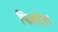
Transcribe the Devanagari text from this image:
फिशटेल